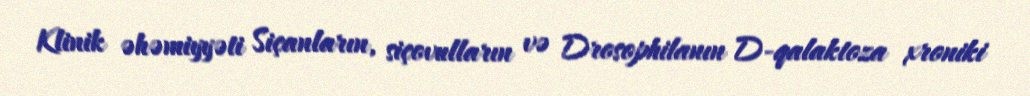
Klinik əhəmiyyəti Siçanların, siçovulların və Drosophilanın D-qalaktoza xroniki